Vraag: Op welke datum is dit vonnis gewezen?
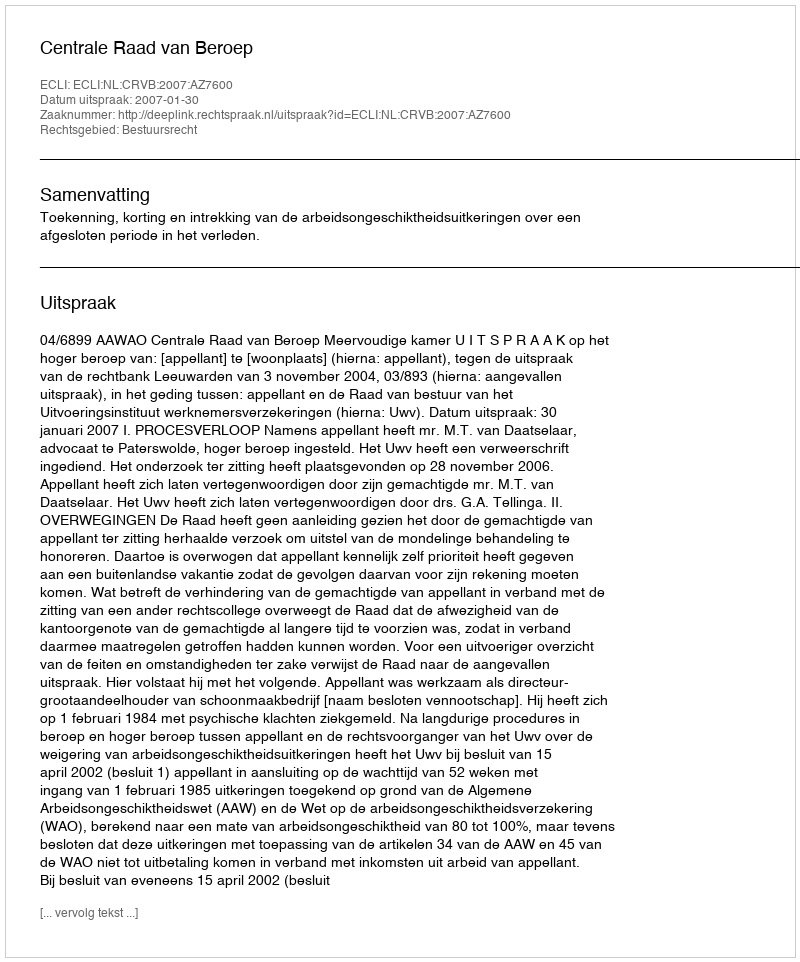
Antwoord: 2007-01-30